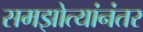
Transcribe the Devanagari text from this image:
समझोत्यांनंतर